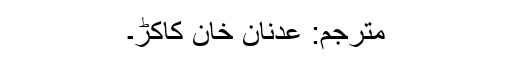
مترجم: عدنان خان کاکڑ۔